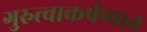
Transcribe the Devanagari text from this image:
गुरुत्त्वाकर्षणात